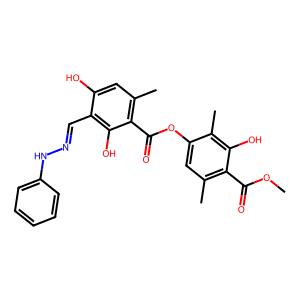
SMILES: COC(=O)c1c(C)cc(OC(=O)c2c(C)cc(O)c(C=NNc3ccccc3)c2O)c(C)c1O
Inhibits HIV replication: No